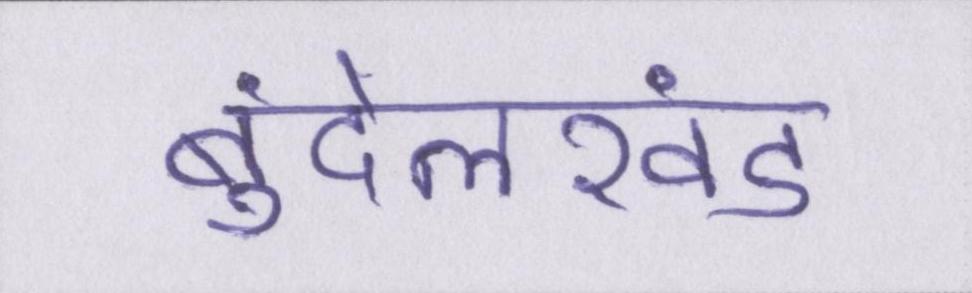
बुंदेलखंड